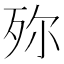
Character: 𣧢